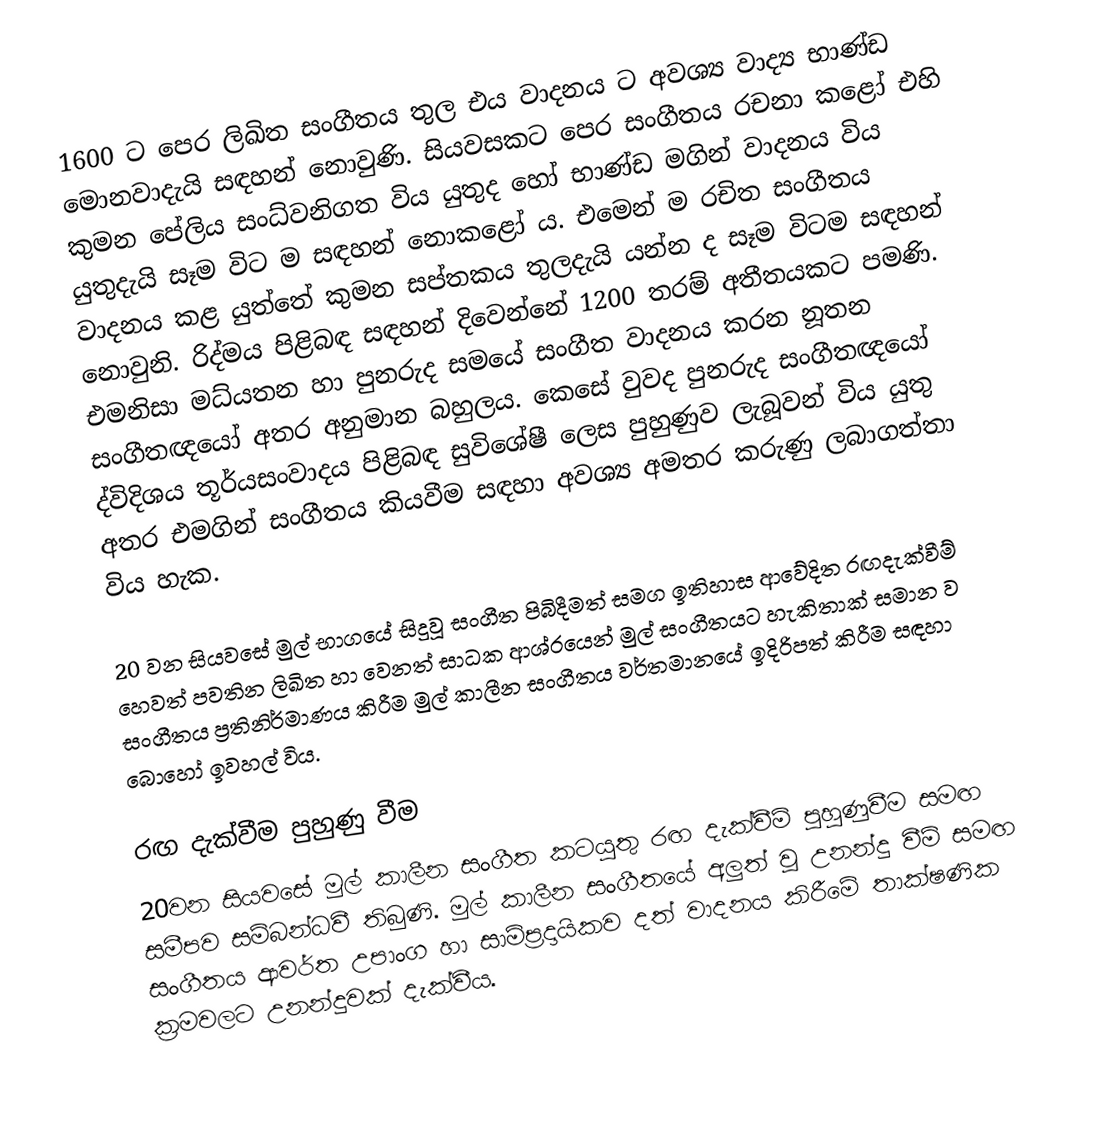
1600 ට පෙර ලිඛිත සංගීතය තුල එය වාදනය ට අවශ්‍ය වාද්‍ය භාණ්ඩ මොනවාදැයි සඳහන් නොවුණි. සියවසකට පෙර සංගීතය රචනා කළෝ එහි කුමන පේලිය සංධ්වනිගත විය යුතුද හෝ භාණ්ඩ මගින් වාදනය විය යුතුදැයි සෑම විට ම සඳහන් නොකළෝ ය. එමෙන් ම රචිත සංගීතය වාදනය කළ යුත්තේ කුමන සප්තකය තුලදැයි යන්න ද සෑම විටම සඳහන් නොවුනි. රිද්මය පිළිබඳ සඳහන් දිවෙන්නේ 1200 තරම් අතීතයකට පමණි. එමනිසා මධ්යතන හා පුනරුද සමයේ සංගීත වාදනය කරන නූතන සංගීතඥයෝ අතර අනුමාන බහුලය. කෙසේ වුවද පුනරුද සංගීතඥයෝ ද්විදිශය තූර්යසංවාදය පිළිබඳ සුවිශේෂී ලෙස පුහුණුව ලැබූවන් විය යුතු අතර එමගින් සංගීතය කියවීම සඳහා අවශ්‍ය අමතර කරුණු ලබාගත්තා විය හැක.

20 වන සියවසේ මුල් භාගයේ සිදුවූ සංගීත පිබිදීමත් සමග ඉතිහාස ආවේදිත රඟදැක්වීම් හෙවත් පවතින ලිඛිත හා වෙනත් සාධක ආශ්රයෙන් මුල් සංගීතයට හැකිතාක් සමාන ව සංගීතය ප්‍රතිනිර්මාණය කිරීම මුල් කාලීන සංගීතය වර්තමානයේ ඉදිරිපත් කිරීම සඳහා බොහෝ ඉවහල් විය.

රඟ දැක්වීම පුහුණු වීම
20වන සියවසේ මුල් කාලීන සංගීත කටයුතු රඟ දැක්වීම් පුහුණුවීම සමඟ සමීපව සම්බන්ධවී තිබුණි. මුල් කාලීන සංගීතයේ අලුත් වූ උනන්දු වීම් සමඟ සංගීතය ආවර්ත උපාංග හා සාම්ප්‍රදායිකව දත් වාදනය කිරීමේ තාක්ෂණික ක්‍රමවලට උනන්දුවක් දැක්වීය.